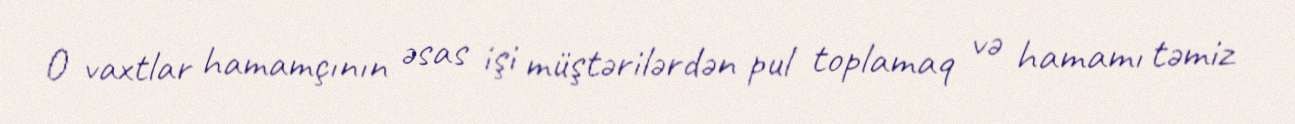
O vaxtlar hamamçının əsas işi müştərilərdən pul toplamaq və hamamı təmiz